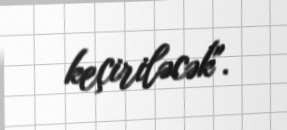
keçiriləcək".